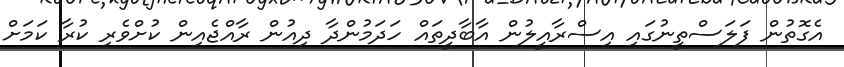
އެގޮތުން ފަލަސްތީނުގައި އިސްރާއީލުން އާބާދީތައް ހަދަމުންދާ ދިއުން ރާއްޖެއިން ކުށްވެރި ކުރާ ކަމަށް